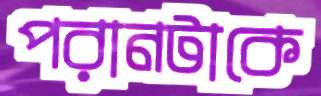
পরানটাকে